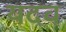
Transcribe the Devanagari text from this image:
यदव